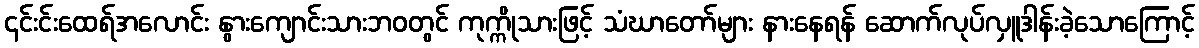
၎င်းင်းထေရ်အလောင်း နွားကျောင်းသားဘဝတွင် ကုက္ကိုသားဖြင့် သံဃာတော်များ နားနေရန် ဆောက်လုပ်လှူဒါန်းခဲ့သောကြောင့်